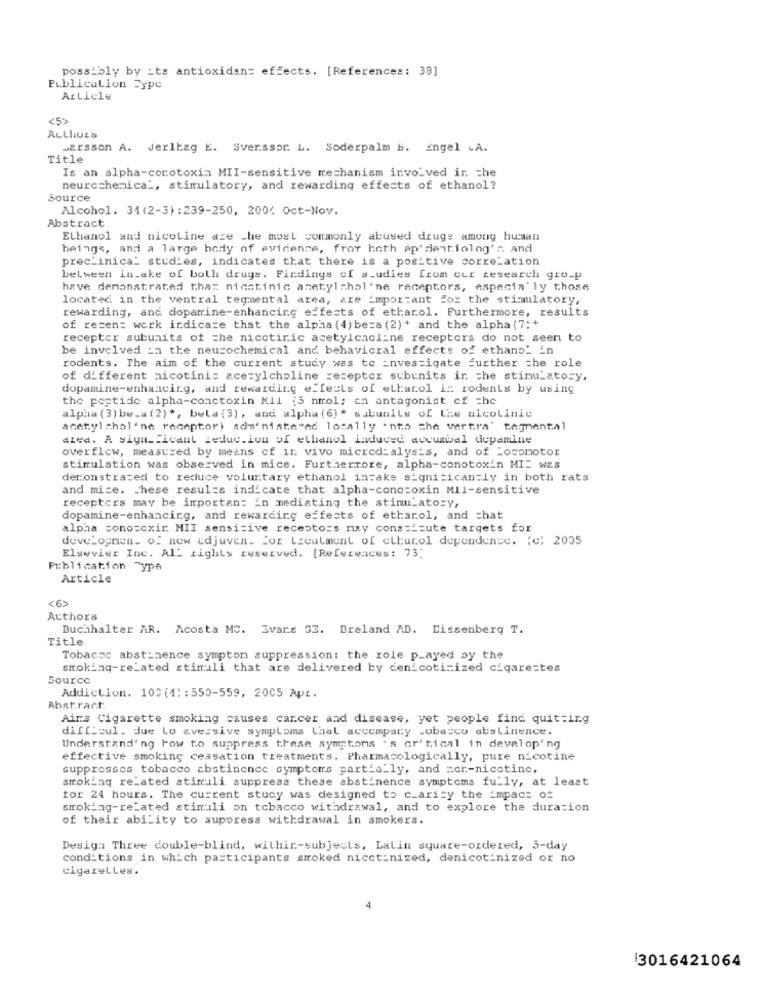
possibly by its antioxidans effects. [References: 38]
Publication Type
Article
ALLIIGES
Larsson A. Jerlhag E. Sverssor. L. Soderpalm b. Engel .A.
Title
Is an alpha-conotoxin MII-sensitive mechanism involved in che
neurochemica _, stimulatory, and rewarding effects of ethanol?
Source
Alcohol. 31(2-3) : 239-250, 2004 Oct-Nov.
Abstract
Ethanol and nicoline ace the most commonly abused druge among human
beings, and a large body of evidence, frot hoth ap'dentiolog's. and
preclinica_ studies, indicates that there is a positive correlation
between intake of both drugs. Findings of studies from eur research group
have demonstrated that nicotinic acetyl chol'ne receptors, especially those
located in the ventral tegmental area, are important for the stimulatory,
rewarding, and dopamine-enhancing effects of ethanol. Furthermore, results
of recen: work indicate that the alpha (4) beza (2)* and the alpha(7: +
receptor subunits of the nicotiric acetylcholine receptors do not seen to
be involved in the neurochemical and behavicral effects of ethans_ in
rodents. The aim of the current study was to investigate further the role
of different nicotinic acetylcholine recepter subunits in the stimulatory.
dopamine-enhancing, and rewarding effects of elharol i: rodents by using
the peptide alpha-conctoxin Kil [5 nmol; an antagonist cf che
alpha (3) be-a (2) *, bela (3), and alpha (6)* sibunils of the alcolinie
acetyl chol'ne receptor) administered locally 'nto che vertra' tagmental
ated. A significant seduc.ion of ethanol induced accubal dopamine
overflow, measured by means of ir vivo micredialysis, and of Locomotor
stimulation was observed in mice. Furthermore, alpha-conotoxin MI- was
demonstrated to reduce voluntary ethanol intake significantly in both rats
and mice. These results indicate that alpha-conotoxin Mil-sensitive
receptors may be importan: in mediating the stimu_atory,
dopamine-enhancing, and rewarding effects of ethanol, and chat
alpha conoscxir MII sensitive receptors may constitute targets for
deve_ognen. of new cdjuven. for treatment of clkutol dependence. (c) 2005
Elsevier Inc. ALL rights reserved. [References: 73]
Publication Type
Article
<6>
Authors
Buchhalter AR. Acosta MC. Svars 33. Breland AB. Dissenberg T.
Title
Tobaccc abstinence symptom suppression: the role p_ayed sy the
smoking-re_ated stimuli that are delivered by cenicoticized cigare=tes
Source
Addiction. 100(1: : 550-559, 2005 Apr.
Abstract
Airs Cigarette smoking causes cancer and disease, yet people find quit:ing
difficul. due Lo aversive symptoms that accompany _obarco abstinence.
Understanding row to suppress these symptons ' s or'tical in developing
effective smoking cessation treatments. Pharmacologically, pure nicotine
suppresses tobacco abstinence symptoms partially, and =cr .- nicctine,
smoking related stimuli suppress these abstinence symptoms fully, at least
for 24 hours. The current study was designed to c_arity the impact of
smoking-related stimuli on tobacco withdrawal, and to explore the duration
of their ability to suppress withdrawal in smokers.
Desiga Three double-blind, withir-subjects, Lalin square-ordered, 5-day
conditions in which participants smoked nicctinized, denicotinized or no
cigaretLes.
4
3016421064